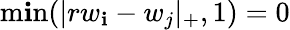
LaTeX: \operatorname*{m\mathbf{i}n}(|rw_{\mathbf{i}}-w_{j}|_{+},1)=0